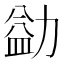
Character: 𪟢